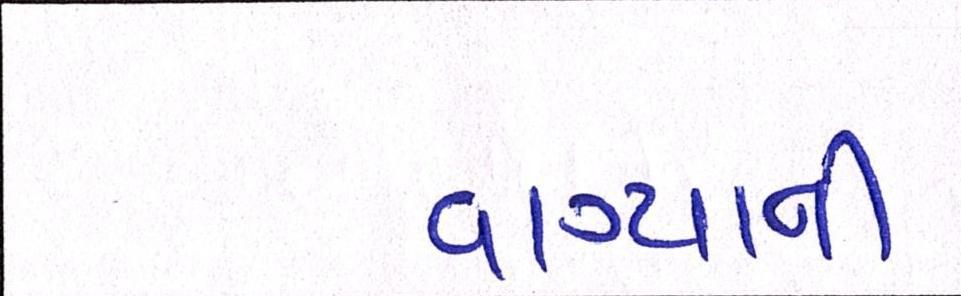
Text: વાગ્યાની